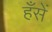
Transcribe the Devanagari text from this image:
हँसें